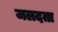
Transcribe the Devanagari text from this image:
जलदता